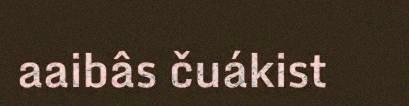
aaibâs čuákist